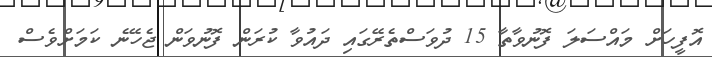
އޮފީހަށް މައްސަލަ ފޮނުވާތާ 15 ދުވަސްތެރޭގައި ދައުވާ ކުރަން ފޮނުވަން ޖެހޭނެ ކަމަށްވެސް